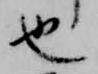
也